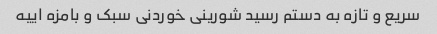
سریع و تازه به دستم رسید شورینی خوردنی سبک و بامزه اییه